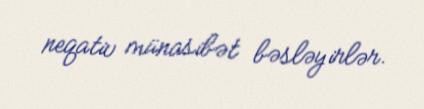
neqativ münasibət bəsləyirlər.